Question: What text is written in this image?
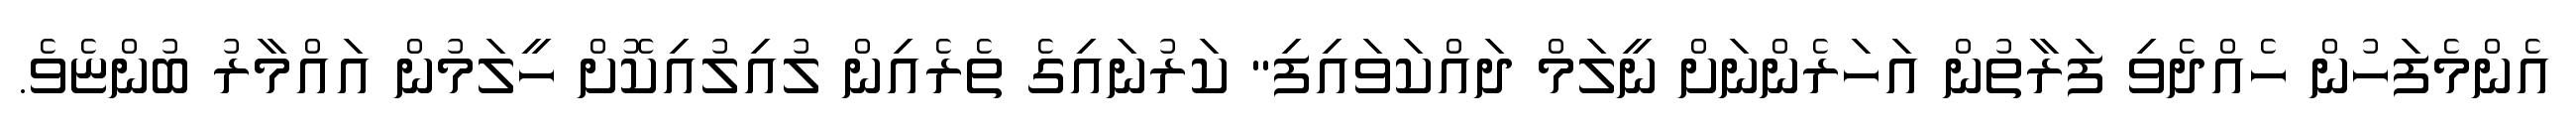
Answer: އެންމެފަހުން ހެއްދެވި ފަރާތުން އަހަރެންނަށް ނީލަމް ދައްކަވައިފި" ކަރުނައިގެ ތެރެއިން ލުއިލުއިކޮށް ހީލަމުން އައްމާރު ބުންޏެވެ.